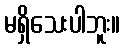
မရှိသေးပါဘူး။